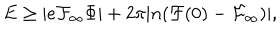
E \ge | e { \cal F } _ { \infty } \Phi | + 2 \pi | n ( { \cal F } ( 0 ) - { \cal F } _ { \infty } ) | ,